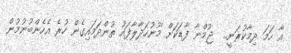
އާ ހަމަ ދިމާކުރަނީ..  ޖުމްނާ ފާޑަކަށް މޫނުހަދާލާފައު ތުންދަމައިގެން ހުރެ އެހެންބުނުމުން